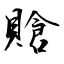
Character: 賶